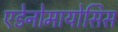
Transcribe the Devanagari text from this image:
एडेनोमायोसिस